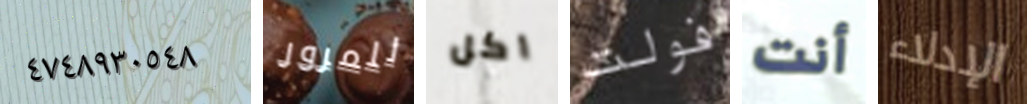
٤٧٤٨٩٣٠٥٤٨ للمرور اكل فولت أنت الإدلاء